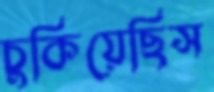
চুকিয়েছিস